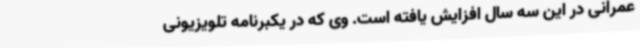
عمرانی در این سه سال افزایش یافته است. وی که در یکبرنامه تلویزیونی